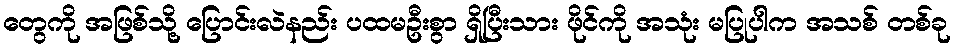
တွေကို အဖြစ်သို့ ပြောင်းလဲနည်း ပထမဦးစွာ ရှိပြီးသား ဖိုင်ကို အသုံး မပြုပါက အသစ် တစ်ခု